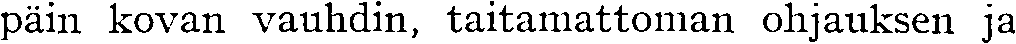
päin kovan vauhdin, taitamattoman ohjauksen ja